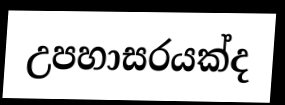
උපහාසරයක්ද